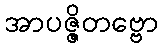
အာပဇ္ဇိတဗ္ဗော